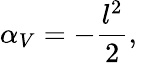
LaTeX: \alpha_{V}=-\frac{l^{2}}{2},\; \;